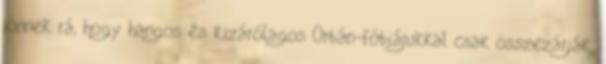
jönnek rá, hogy hangos és kizárólagos Orbán-fóbiájukkal csak összezárják,